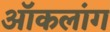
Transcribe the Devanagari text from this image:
ऑकलांग